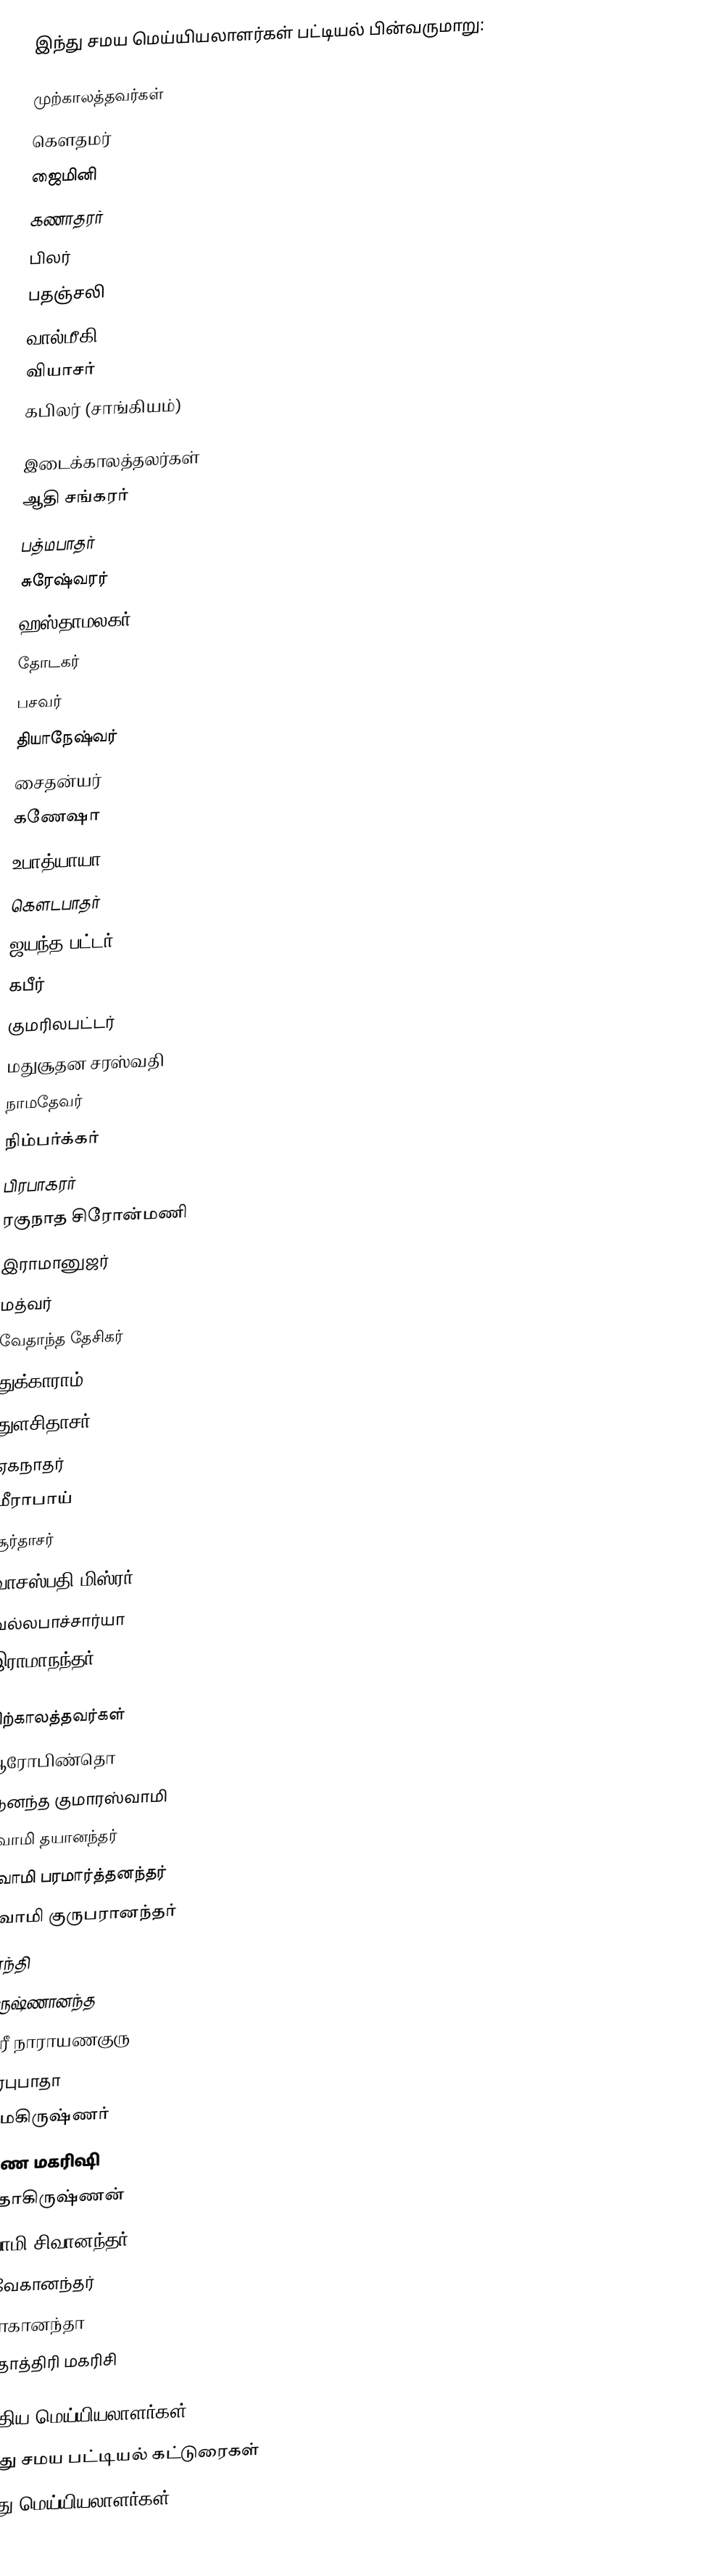
இந்து சமய மெய்யியலாளர்கள் பட்டியல் பின்வருமாறு:

முற்காலத்தவர்கள்
கௌதமர்
ஜைமினி
கணாதரர்
பிலர்
பதஞ்சலி
வால்மீகி
வியாசர்
கபிலர் (சாங்கியம்)

இடைக்காலத்தலர்கள்
 ஆதி சங்கரர்
 பத்மபாதர்
 சுரேஷ்வரர்
 ஹஸ்தாமலகர்
 தோடகர்
 பசவர்
 தியாநேஷ்வர்
 சைதன்யர்
 கணேஷா
 உபாத்யாயா
 கௌடபாதர்
 ஜயந்த பட்டர்
 கபீர்
குமரிலபட்டர்
 மதுசூதன சரஸ்வதி
 நாமதேவர்
 நிம்பர்க்கர்
 பிரபாகரர்
 ரகுநாத சிரோன்மணி
 இராமானுஜர்
 மத்வர்
 வேதாந்த தேசிகர்
 துக்காராம்
 துளசிதாசர்
 ஏகநாதர்
 மீராபாய்
 சூர்தாசர்
 வாசஸ்பதி மிஸ்ரர்
 வல்லபாச்சார்யா
 இராமாநந்தர்

பிற்காலத்தவர்கள்
ஆரோபிண்தொ
ஆனந்த குமாரஸ்வாமி
சுவாமி தயானந்தர்
 சுவாமி பரமார்த்தனந்தர்
 சுவாமி குருபரானந்தர்
காந்தி
கிருஷ்ணானந்த
ஸ்ரீ நாராயணகுரு
பிரபுபாதா
ராமகிருஷ்ணர்
ரமண மகரிஷி
ராதாகிருஷ்ணன்
சுவாமி சிவானந்தர்
விவேகானந்தர்
யோகானந்தா
வேதாத்திரி மகரிசி

இந்திய மெய்யியலாளர்கள்
இந்து சமய பட்டியல் கட்டுரைகள்
இந்து மெய்யியலாளர்கள்